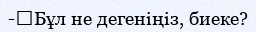
-	Бұл не дегеніңіз, биеке?